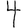
Digit: 4